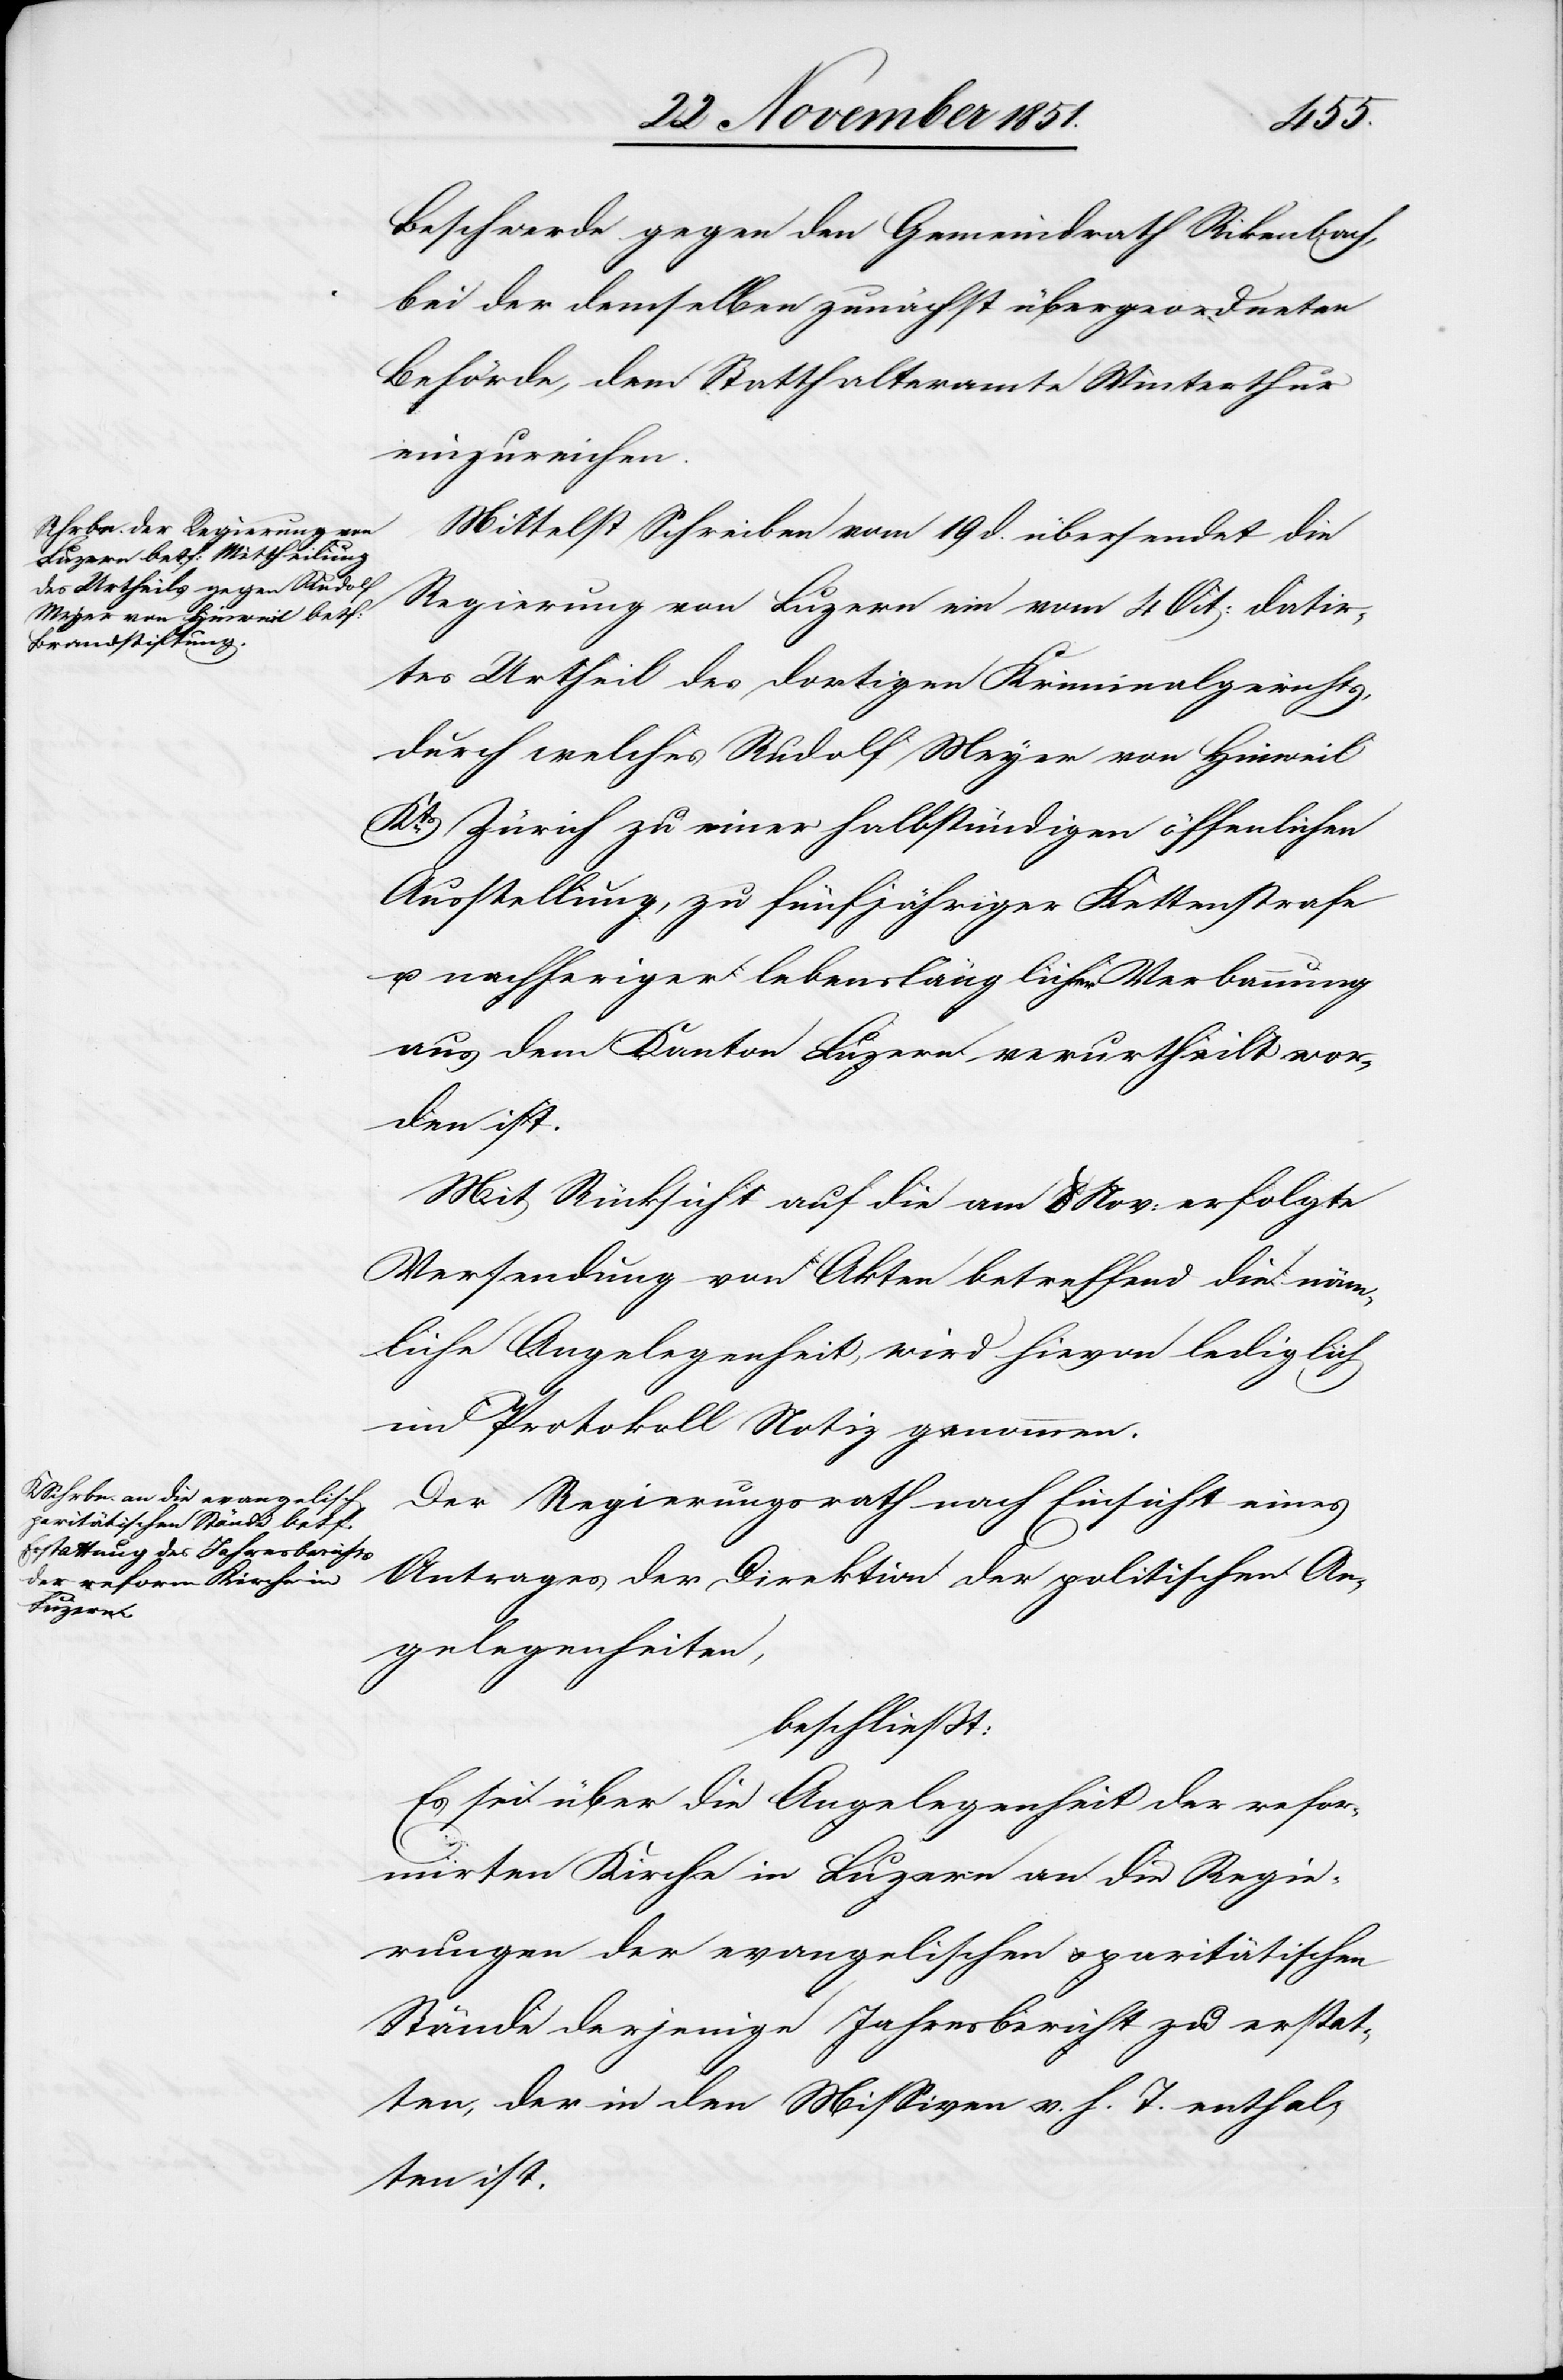
Beschwerde gegen den Gemeindrath Rikenbach,
bei der demselben zunächst übergeordneten
Behörde, dem Statthalteramte Winterthur
einzureichen.
Mittelst Schreiben vom 19 d. übersendet die
Regierung von Luzern ein vom 4 Oct: datir¬
tes Urtheil des dortigen Kriminalgerichts,
durch welches Rudolf Meyer von Hinweil
Kts. Zürich zu einer halbstündigen öffen[t]lichen
Ausstellung, zu fünfjähriger Kettenstrafe
u. nachheriger lebenslänglicher Verbannung
aus dem Kanton Luzern verurtheilt wor¬
den ist.
Mit Rücksicht auf die am 8 Nov: erfolgte
Versendung von Akten betreffend die näm¬
liche Angelegenheit, wird hievon lediglich
im Protokoll Notiz genommen.
Der Regierungsrath nach Einsicht eines
Antrages der Direktion der politischen An¬
gelegenheiten,
beschließt:
Es sei über die Angelegenheit der refor¬
mirten Kirche in Luzern an die Regie¬
rungen der evangelischen & paritätischen
Stände derjenige Jahresbericht zu erstat¬
ten, der in den Missiven v. h. T. enthal¬
ten ist.